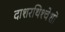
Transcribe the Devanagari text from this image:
दाशरथिश्‍चेशो